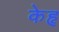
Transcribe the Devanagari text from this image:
केहृ